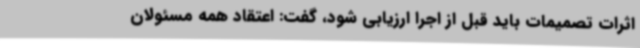
اثرات تصمیمات باید قبل از اجرا ارزیابی شود، گفت: اعتقاد همه مسئولان